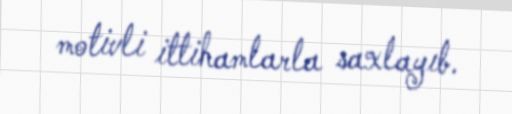
motivli ittihamlarla saxlayıb.